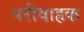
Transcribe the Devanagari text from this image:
परीवाहक